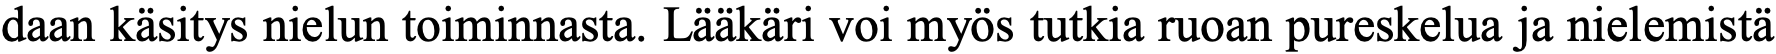
daan käsitys nielun toiminnasta. Lääkäri voi myös tutkia ruoan pureskelua ja nielemistä